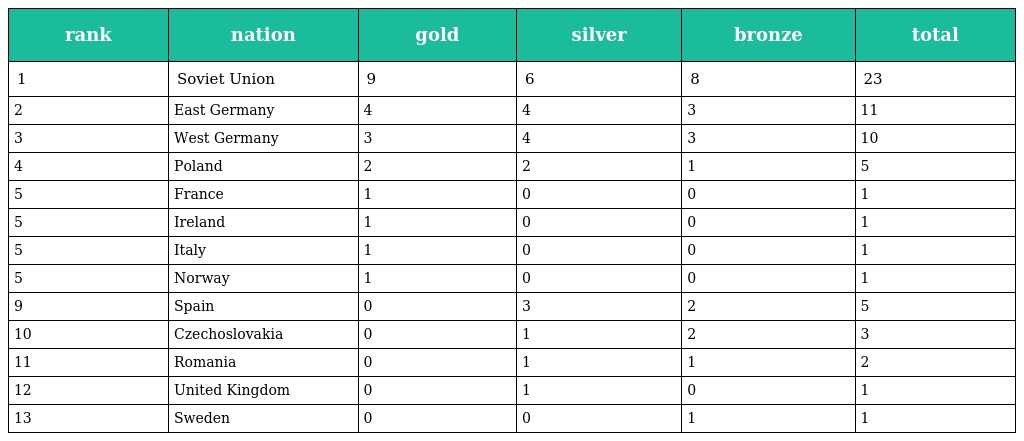
| rank | nation | gold | silver | bronze | total |
 | --- | --- | --- | --- | --- | --- |
 | 1 | Soviet Union | 9 | 6 | 8 | 23 |
 | 2 | East Germany | 4 | 4 | 3 | 11 |
 | 3 | West Germany | 3 | 4 | 3 | 10 |
 | 4 | Poland | 2 | 2 | 1 | 5 |
 | 5 | France | 1 | 0 | 0 | 1 |
 | 5 | Ireland | 1 | 0 | 0 | 1 |
 | 5 | Italy | 1 | 0 | 0 | 1 |
 | 5 | Norway | 1 | 0 | 0 | 1 |
 | 9 | Spain | 0 | 3 | 2 | 5 |
 | 10 | Czechoslovakia | 0 | 1 | 2 | 3 |
 | 11 | Romania | 0 | 1 | 1 | 2 |
 | 12 | United Kingdom | 0 | 1 | 0 | 1 |
 | 13 | Sweden | 0 | 0 | 1 | 1 |